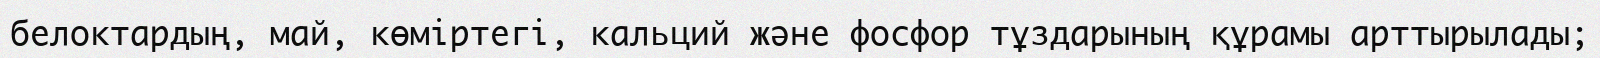
белоктардың, май, көміртегі, кальций және фосфор тұздарының құрамы арттырылады;